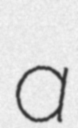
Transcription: a